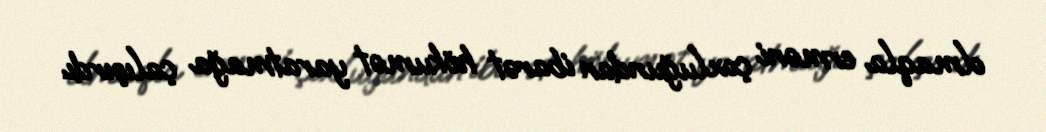
olmaqla erməni çoxluğundan ibarət hökumət yaratmağa çalışırdı.